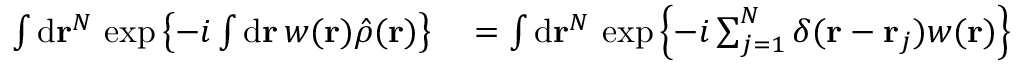
\begin{array} { r l } { \int \mathrm { d } \mathbf { r } ^ { N } \, \exp \left\{ - i \int \mathrm { d } \mathbf { r } \, w ( \mathbf { r } ) \hat { \rho } ( \mathbf { r } ) \right\} } & { { } = \int \mathrm { d } \mathbf { r } ^ { N } \, \exp \left\{ - i \sum _ { j = 1 } ^ { N } \delta ( \mathbf { r } - \mathbf { r } _ { j } ) w ( \mathbf { r } ) \right\} } \end{array}